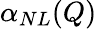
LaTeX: \alpha_{NL}(Q)